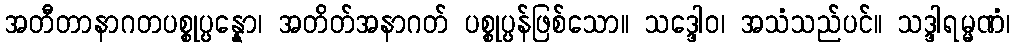
အတီတာနာဂတပစ္စုပ္ပန္နော၊ အတိတ်အနာဂတ် ပစ္စုပ္ပန်ဖြစ်သော။ သဒ္ဒေါဝ၊ အသံသည်ပင်။ သဒ္ဒါရမ္မဏံ၊